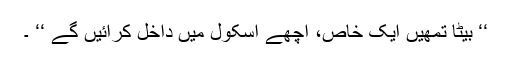
‘‘ بیٹا تمھیں ایک خاص، اچھے اسکول میں داخل کرائیں گے ‘‘ ۔